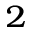
_ 2